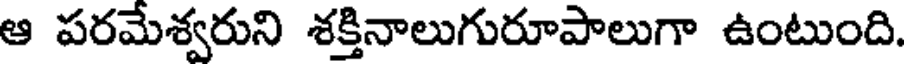
ఆ పరమేశ్వరుని శక్తినాలుగురూపాలుగా ఉంటుంది.